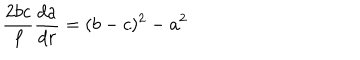
\frac { 2 b c } { f } \frac { d a } { d r } = ( b - c ) ^ { 2 } - a ^ { 2 }